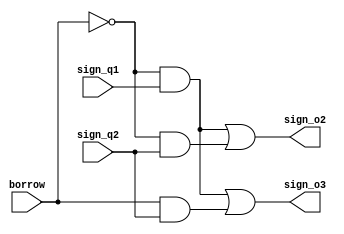
module sign_processing_unit(input sign_q1, sign_q2, borrow, output sign_o2, sign_o3);
wire i1, i2, i3;

assign i1 = (~borrow) & sign_q1;
assign i2 = borrow & sign_q2;
assign i3 = (~borrow) & sign_q2;

assign sign_o2 = i1 | i3;
assign sign_o3 = i1 | i2;

endmodule